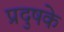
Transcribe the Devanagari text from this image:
प्रदुषके